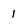
Character: 1